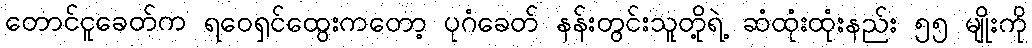
တောင်ငူခေတ်က ရဝေရှင်ထွေးကတော့ ပုဂံခေတ် နန်းတွင်းသူတို့ရဲ့ ဆံထုံးထုံးနည်း ၅၅ မျိုးကို